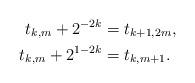
LaTeX: \begin{align*}\begin{aligned}t_{k,m}+2^{-2k} & = t_{k+1,2m}, \\t_{k,m}+2^{1-2k} & = t_{k,m+1}.\end{aligned}\end{align*}